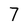
Character: 7